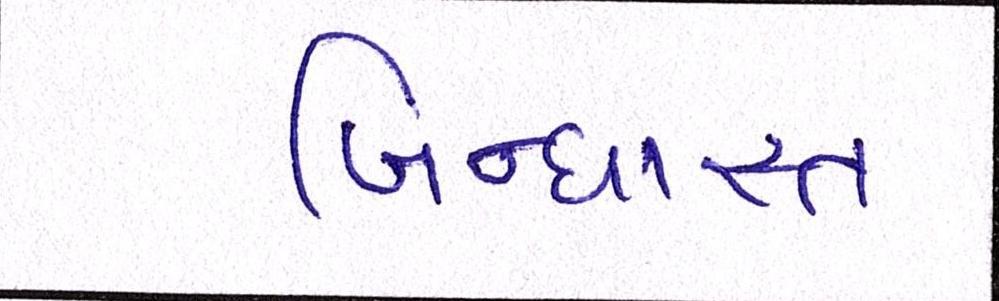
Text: બિન્ધાસ્ત